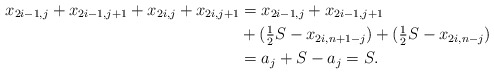
\begin{align*} x_{2i-1,j} + x_{2i-1,j+1} + x_{2i,j} + x_{2i,j+1} &=x_{2i-1,j} + x_{2i-1,j+1} \\ &+ (\tfrac{1}{2} S - x_{2i,n+1-j}) + (\tfrac{1}{2} S - x_{2i,n-j}) \\ &= a_j +S -a_j =S.\end{align*}